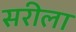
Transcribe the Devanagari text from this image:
सरीला